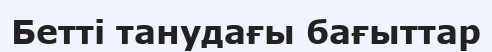
Бетті танудағы бағыттар